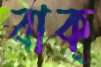
বাক্